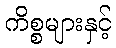
ကိစ္စများနှင့်